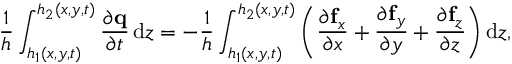
\frac { 1 } { h } \int _ { h _ { 1 } ( x , y , t ) } ^ { h _ { 2 } ( x , y , t ) } \frac { \partial \mathbf { q } } { \partial t } \, \mathrm { d } z = - \frac { 1 } { h } \int _ { h _ { 1 } ( x , y , t ) } ^ { h _ { 2 } ( x , y , t ) } \left( \frac { \partial \mathbf { f } _ { x } } { \partial x } + \frac { \partial \mathbf { f } _ { y } } { \partial y } + \frac { \partial \mathbf { f } _ { z } } { \partial z } \right) \mathrm { d } z ,